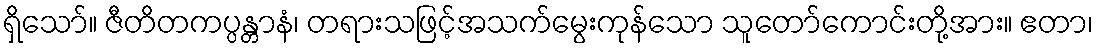
ရှိသော်။ ဇီတိတကပ္ပန္တာနံ၊ တရားသဖြင့်အသက်မွေးကုန်သော သူတော်ကောင်းတို့အား။ ဧတာ၊